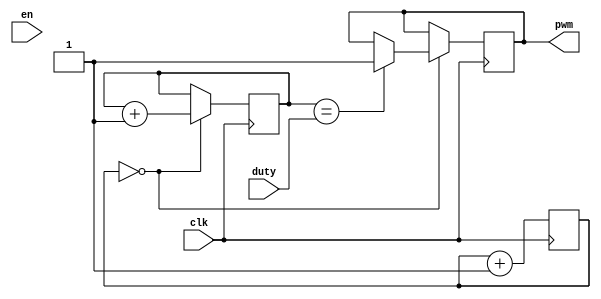
module pwm #(
	parameter DATA_W = 8,
	parameter PERIOD = 1000,
	parameter FREQ_DIV_BITS = 10,
	parameter FREQ_DIV = 500
)
(
	input wire clk,
	input wire en,
	input wire[DATA_W-1:0] duty,
	output reg pwm
);

	reg[1:0] sckr;
	reg[FREQ_DIV_BITS-1:0] freq_cnt = {FREQ_DIV_BITS{1'b0}};
	reg[DATA_W-1:0] cnt = {DATA_W{1'b0}};


	always @(posedge clk) begin
		freq_cnt <= freq_cnt + { {DATA_W-1{1'b0}}, 1'b1 };

		if (freq_cnt == {FREQ_DIV_BITS{1'b0}}) begin
			cnt <= cnt + { {DATA_W-1{1'b0}}, 1'b1 };

			if (cnt == PERIOD) begin
				cnt <= {DATA_W{1'b0}};
				pwm <= 1'b0;
			end

			if (cnt == duty)
				pwm <= 1'b1;
		end
	end
endmodule